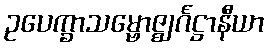
ဥပေက္ခာသမ္ဗောဇ္ဈင်္ဂဋ္ဌာနီယာ